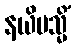
နယိမသ္မိံ